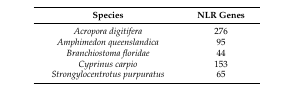
<table><thead><tr><td><b>Species</b></td><td><b>NLR Genes</b></td></tr></thead><tbody><tr><td><i>Acropora digitifera</i></td><td>276</td></tr><tr><td><i>Amphimedon queenslandica</i></td><td>95</td></tr><tr><td><i>Branchiostoma floridae</i></td><td>44</td></tr><tr><td><i>Cyprinus carpio</i></td><td>153</td></tr><tr><td><i>Strongylocentrotus purpuratus</i></td><td>65</td></tr></tbody></table>